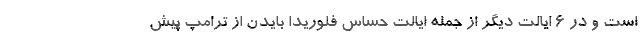
است و در 6 ایالت دیگر از جمله ایالت حساس فلوریدا بایدن از ترامپ پیش